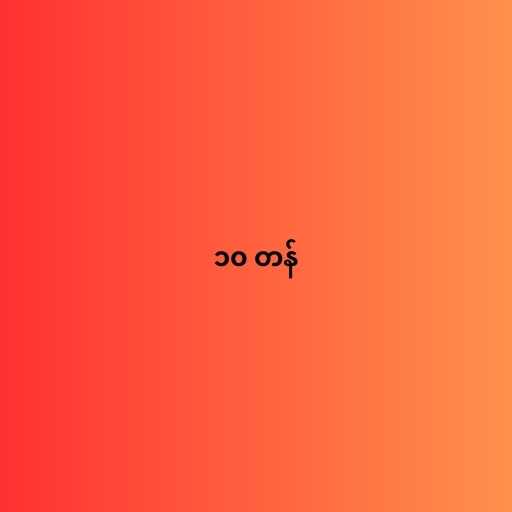
၁၀ တန်